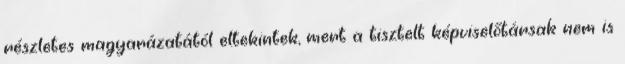
részletes magyarázatától eltekintek, mert a tisztelt képviselőtársak nem is